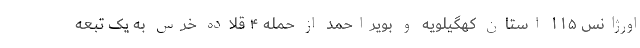
اورژانس ۱۱۵ استان کهگیلویه و بویراحمد از حمله ۴ قلاده خرس به یک تبعه